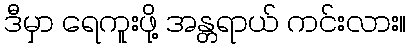
ဒီမှာ ရေကူးဖို့ အန္တရာယ် ကင်းလား။